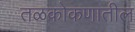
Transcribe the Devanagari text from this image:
तळकोकणातील